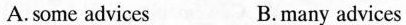
A.some advices B.many advices